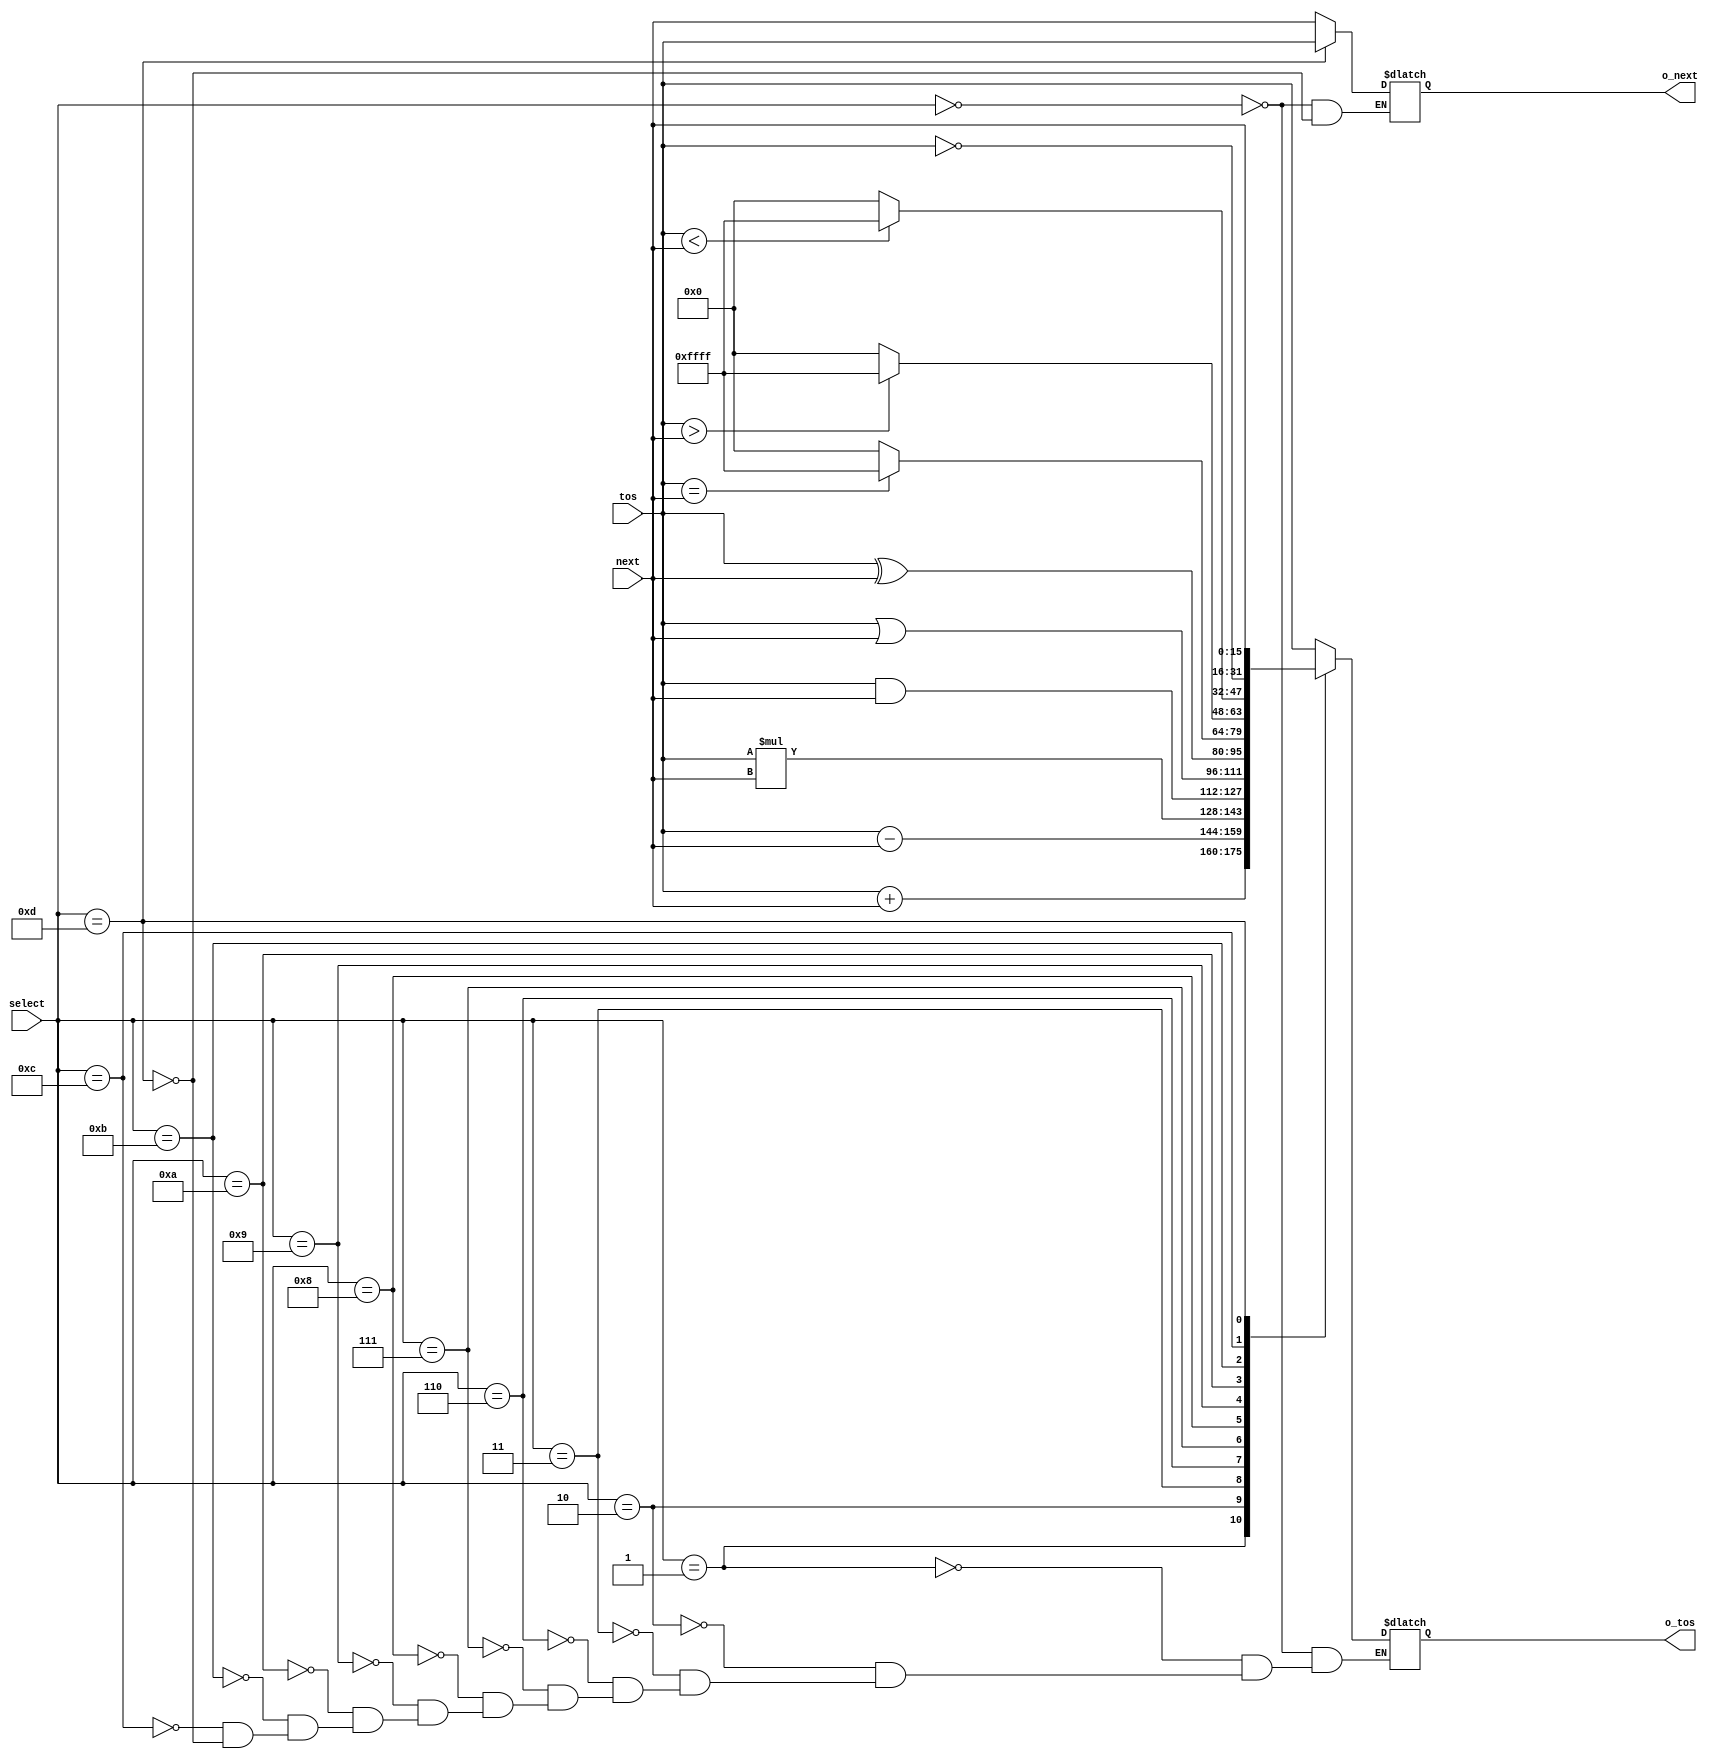
`timescale 1ns / 1ps

module ALU(o_tos,o_next,tos,next,select);
	output	[15:0]	o_tos,o_next;
	input		[15:0]	tos,next;
	input		[3:0]		select;
	reg		[15:0]	o_tos,o_next;
	
	always @ (select or tos or next) begin
		case (select)
			4'b0000:	begin 
							o_tos = tos;
							o_next = next;
						end
			4'b0001:	o_tos = tos + next;
			4'b0010:	o_tos = tos - next;
			4'b0011:	o_tos = tos * next;
			//4'b0100:	o_tos = tos / next;
			4'b0101:	begin
							//o_tos = tos / next;
							//o_next = tos % next;
						end
			4'b0110:	o_tos = tos & next;
			4'b0111:	o_tos = tos | next;
			4'b1000:	o_tos = tos ^ next;
			4'b1001: if (tos == next) o_tos = 16'b1111111111111111; else o_tos = 16'b0000000000000000;
			4'b1010:	if (tos > next) o_tos = 16'b1111111111111111; else o_tos = 16'b0000000000000000;
			4'b1011:	if (tos < next) o_tos = 16'b1111111111111111; else o_tos = 16'b0000000000000000;
			4'b1100: o_tos = ~tos;
			4'b1101:	begin
							o_tos = next;
							o_next = tos;
						end
			
		endcase
	end
endmodule